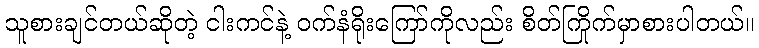
သူစားချင်တယ်ဆိုတဲ့ ငါးကင်နဲ့ ဝက်နံရိုးကြော်ကိုလည်း စိတ်ကြိုက်မှာစားပါတယ်။